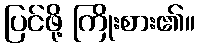
ပြင်ဖို့ ကြိုးစား၏။